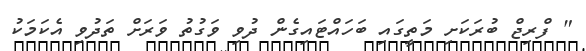
" ފްރިޖް ބުރަކަށި މަތީގައި ބަހައްޓައިގެން ދުވި ވަގުތު ވަރަށް ތަދުވި އެކަމަކު